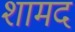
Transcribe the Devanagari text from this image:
शामद